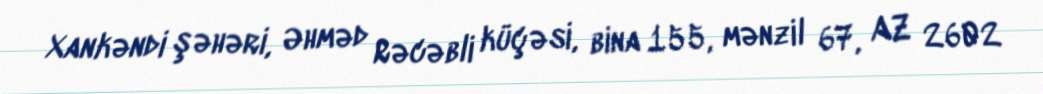
Xankəndi şəhəri, Əhməd Rəcəbli küçəsi, bina 155, mənzil 67, AZ 2602